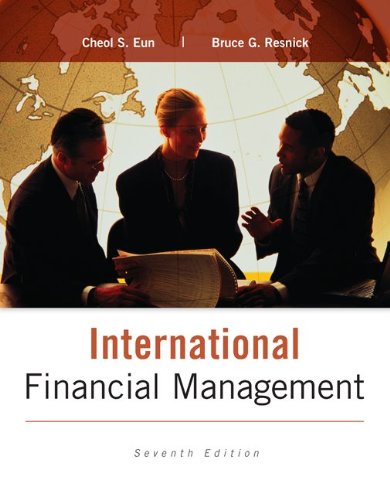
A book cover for International Financial Management; Cheol Eun; Business & Money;